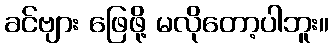
ခင်ဗျား ဖြေဖို့ မလိုတော့ပါဘူး။